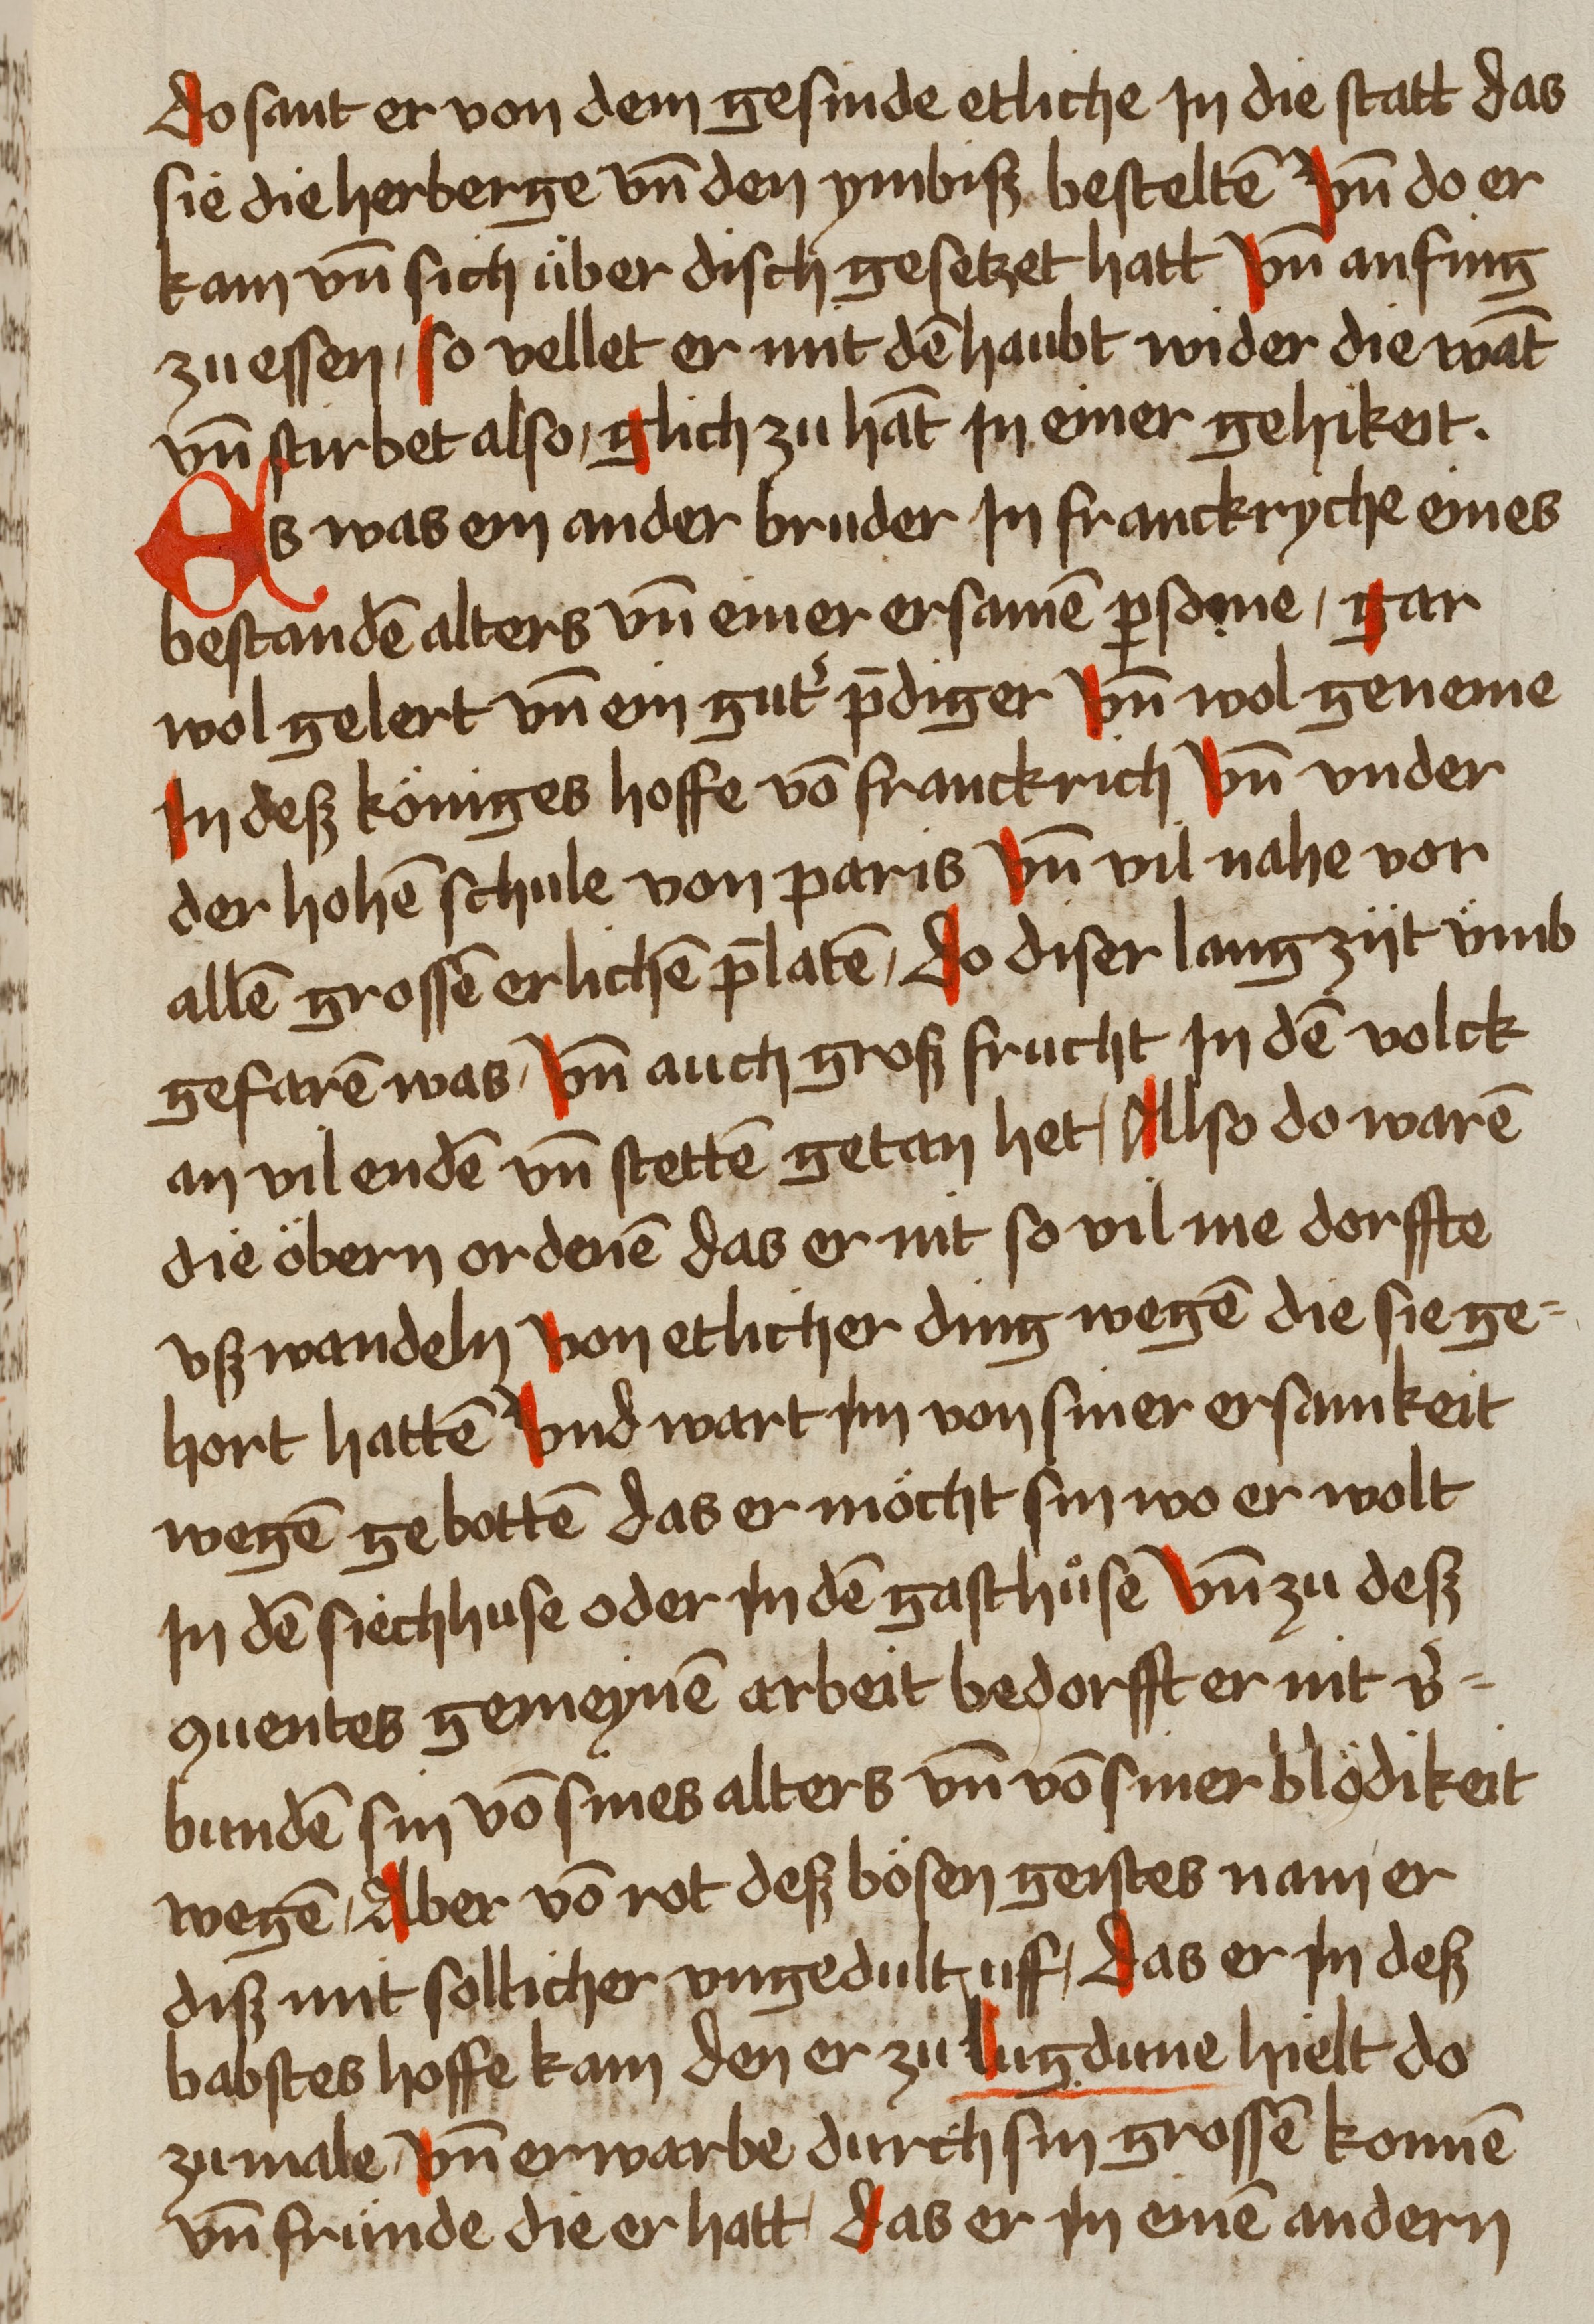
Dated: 1459–1489